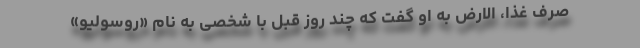
صرف غذا، الارض به او گفت که چند روز قبل با شخصی به نام «روسولیو»